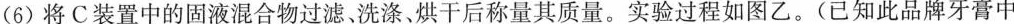
(6)将C装置中的固液混合物过滤、洗涤、烘干后称量其质量。实验过程如图乙。(已知此品牌牙膏中